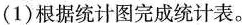
(1)根据统计图完成统计表。